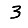
Digit: 3